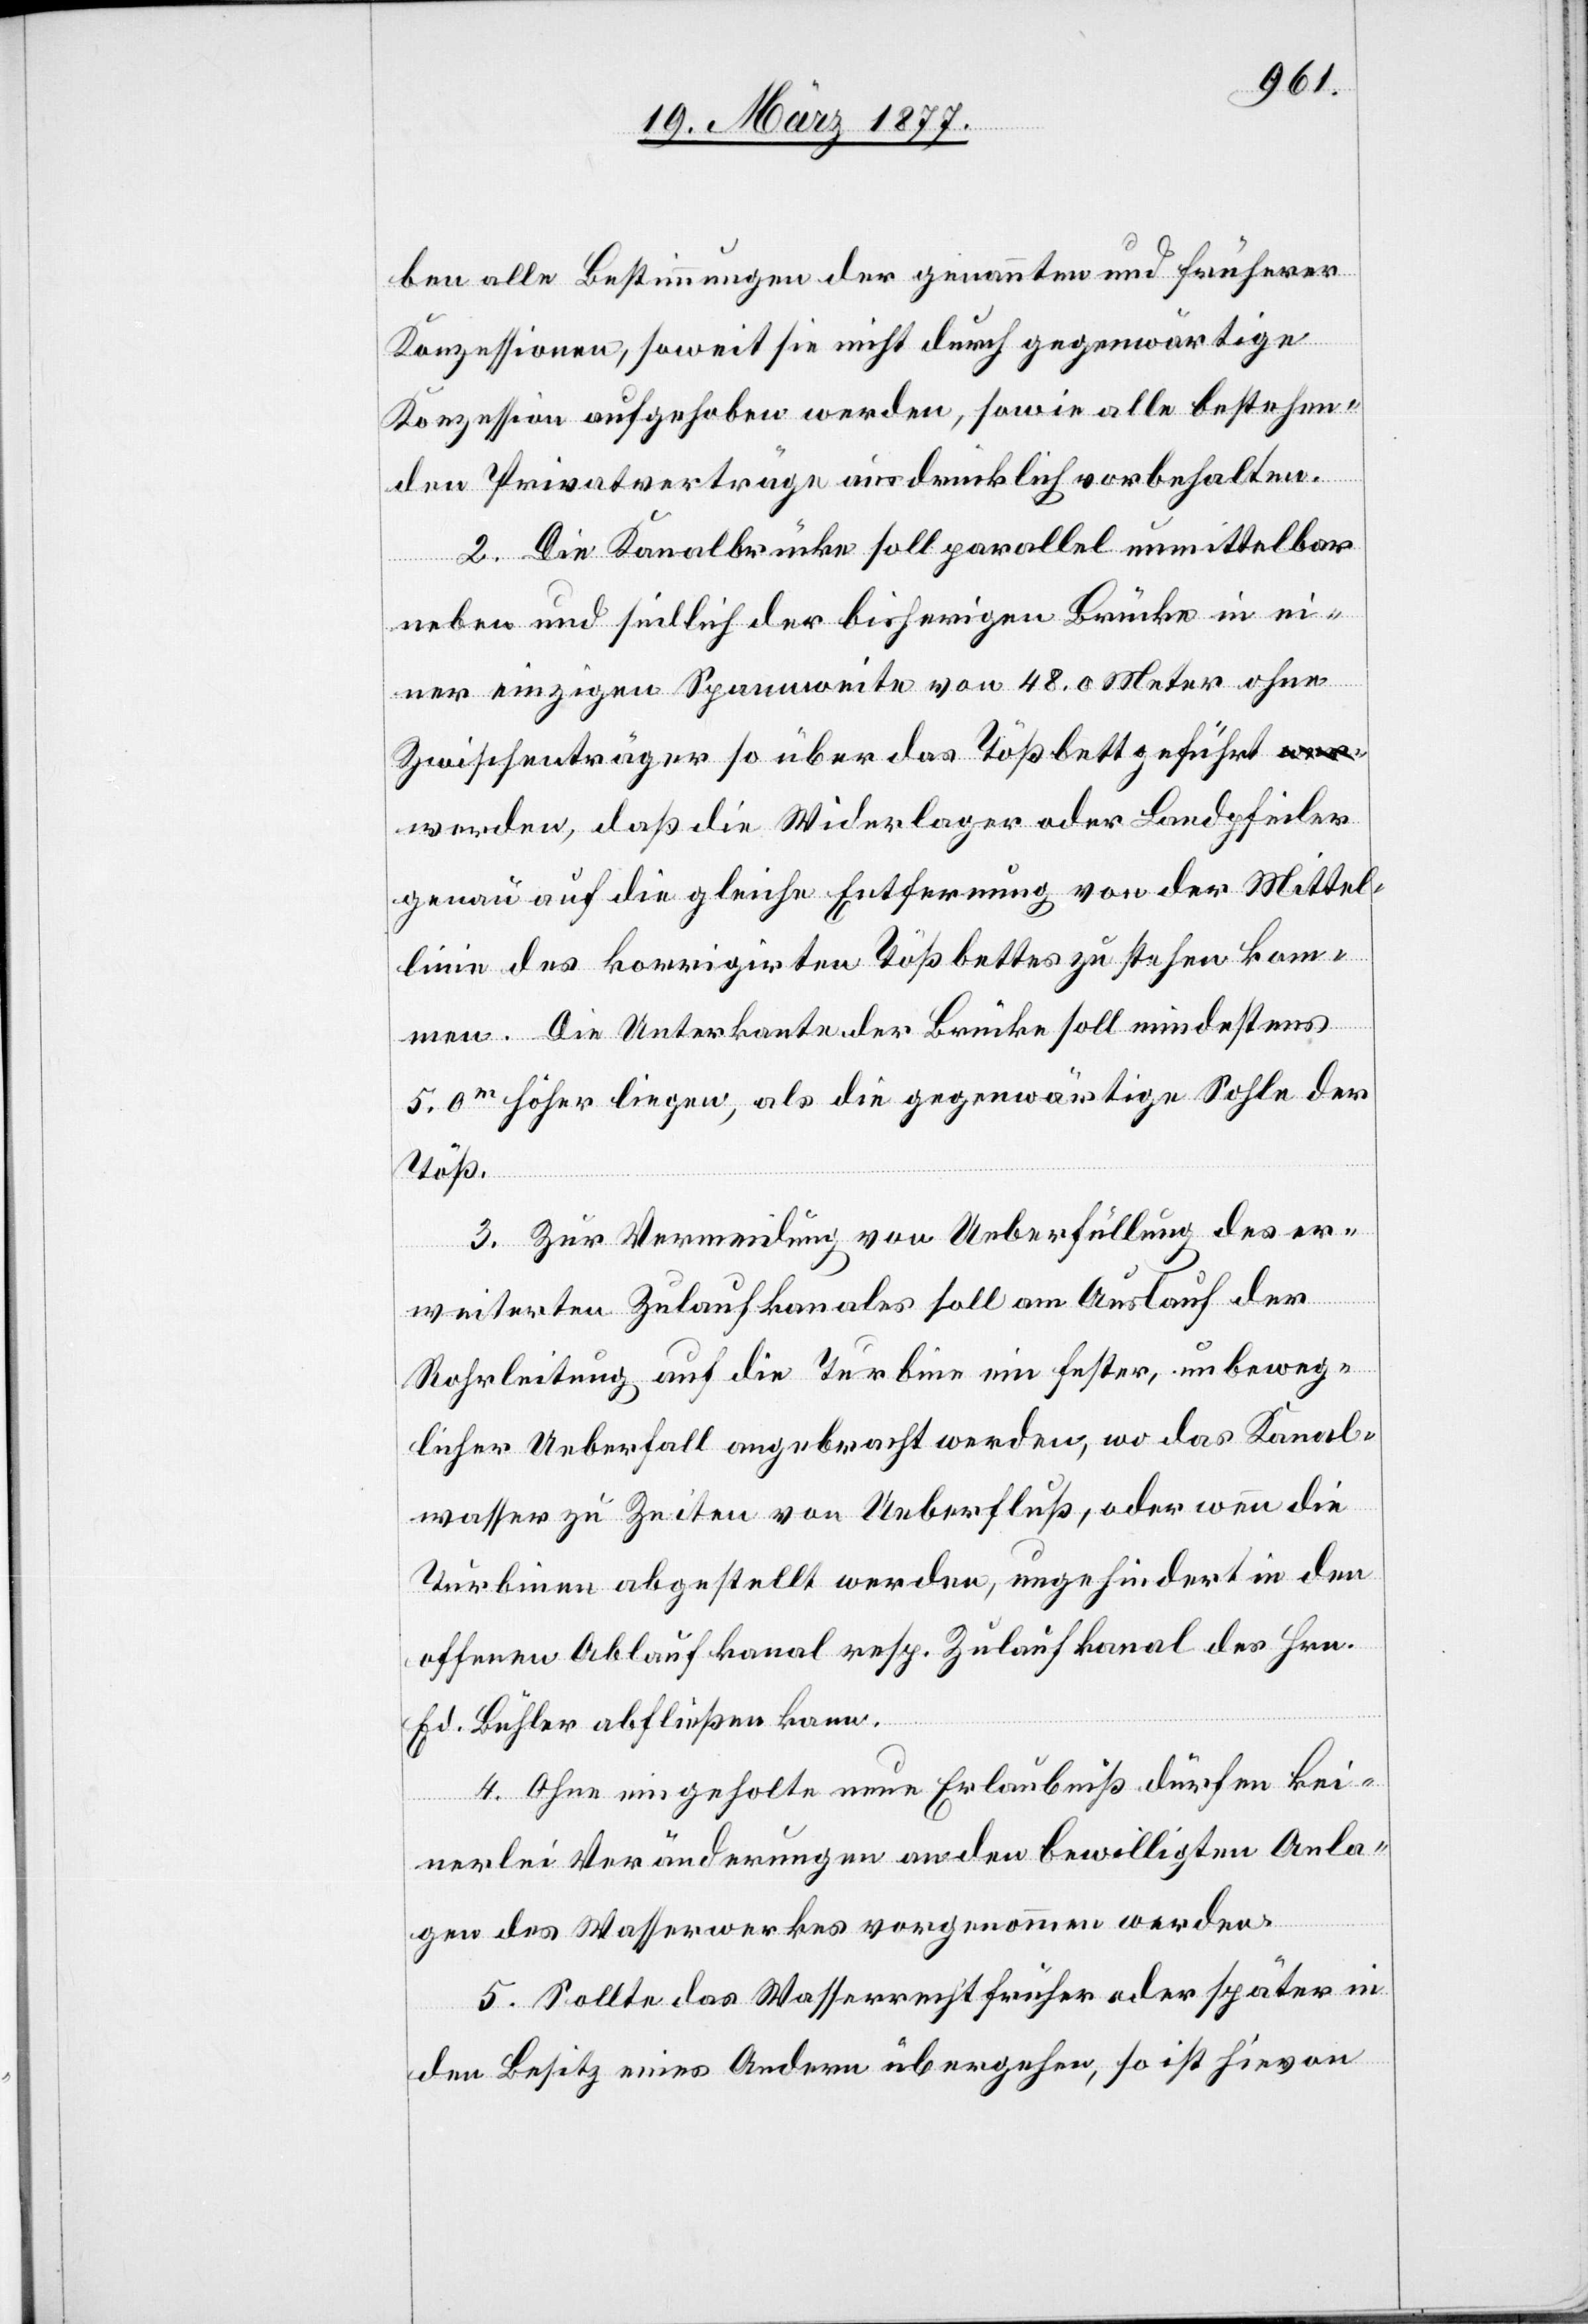
ben alle Bestimmungen der genannten und früherer
Konzessionen, soweit sie nicht durch gegenwärtige
Konzession aufgehoben werden, sowie alle bestehen¬
den Privatverträge ausdrücklich vorbehalten.
2. Die Kanalbrücke soll parallel unmittelbar
neben und südlich der bisherigen Brücke in ei¬
ner einzigen Spannweite von 48.0 Meter ohne
Zwischenträger so über das Tößbett geführt
werden, daß die Widerlager oder Landpfeiler
genau auf die gleiche Entfernung von der Mittel¬
linie des korrigirten Tößbettes zu stehen kom¬
men. Die Unterkante der Brücke soll mindestens
5.0m höher liegen, als die gegenwärtige Sohle der
Töß.
3. Zur Vermeidung von Ueberfüllung des er¬
weiterten Zulaufkanales soll am Auslauf der
Rohrleitung auf die Turbine ein fester, unbeweg¬
licher Ueberfall angebracht werden, wo das Kanal¬
wasser zu Zeiten von Ueberfluß, oder wenn die
Turbinen abgestellt werden, ungehindert in den
offenen Ablaufkanal resp. Zulaufkanal des Hrn.
Ed. Bühler abfließen kann.
4. Ohne eingeholte neue Erlaubniß dürfen kei¬
nerlei Veränderungen an den bewilligten Anla¬
gen des Wasserwerkes vorgenommen werden.
5. Sollte das Wasserrecht früher oder später in
den Besitz eines Andern übergehen, so ist hievon